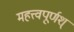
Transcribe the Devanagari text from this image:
महत्त्वपूर्णश्